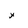
Character: x